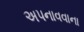
અપનાવવાના